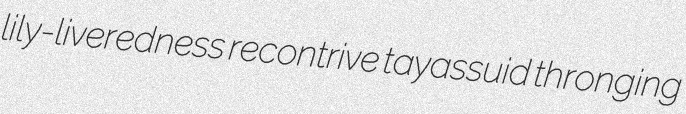
lily-liveredness recontrive tayassuid thronging